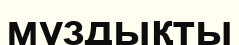
мұздықты